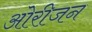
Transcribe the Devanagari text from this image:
ओरीजन